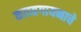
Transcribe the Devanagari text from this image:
काव्यगायनाचे